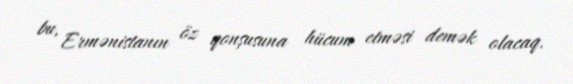
bu, Ermənistanın öz qonşusuna hücum etməsi demək olacaq.